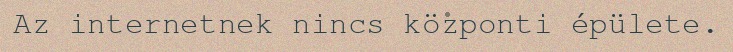
Az internetnek nincs központi épülete.